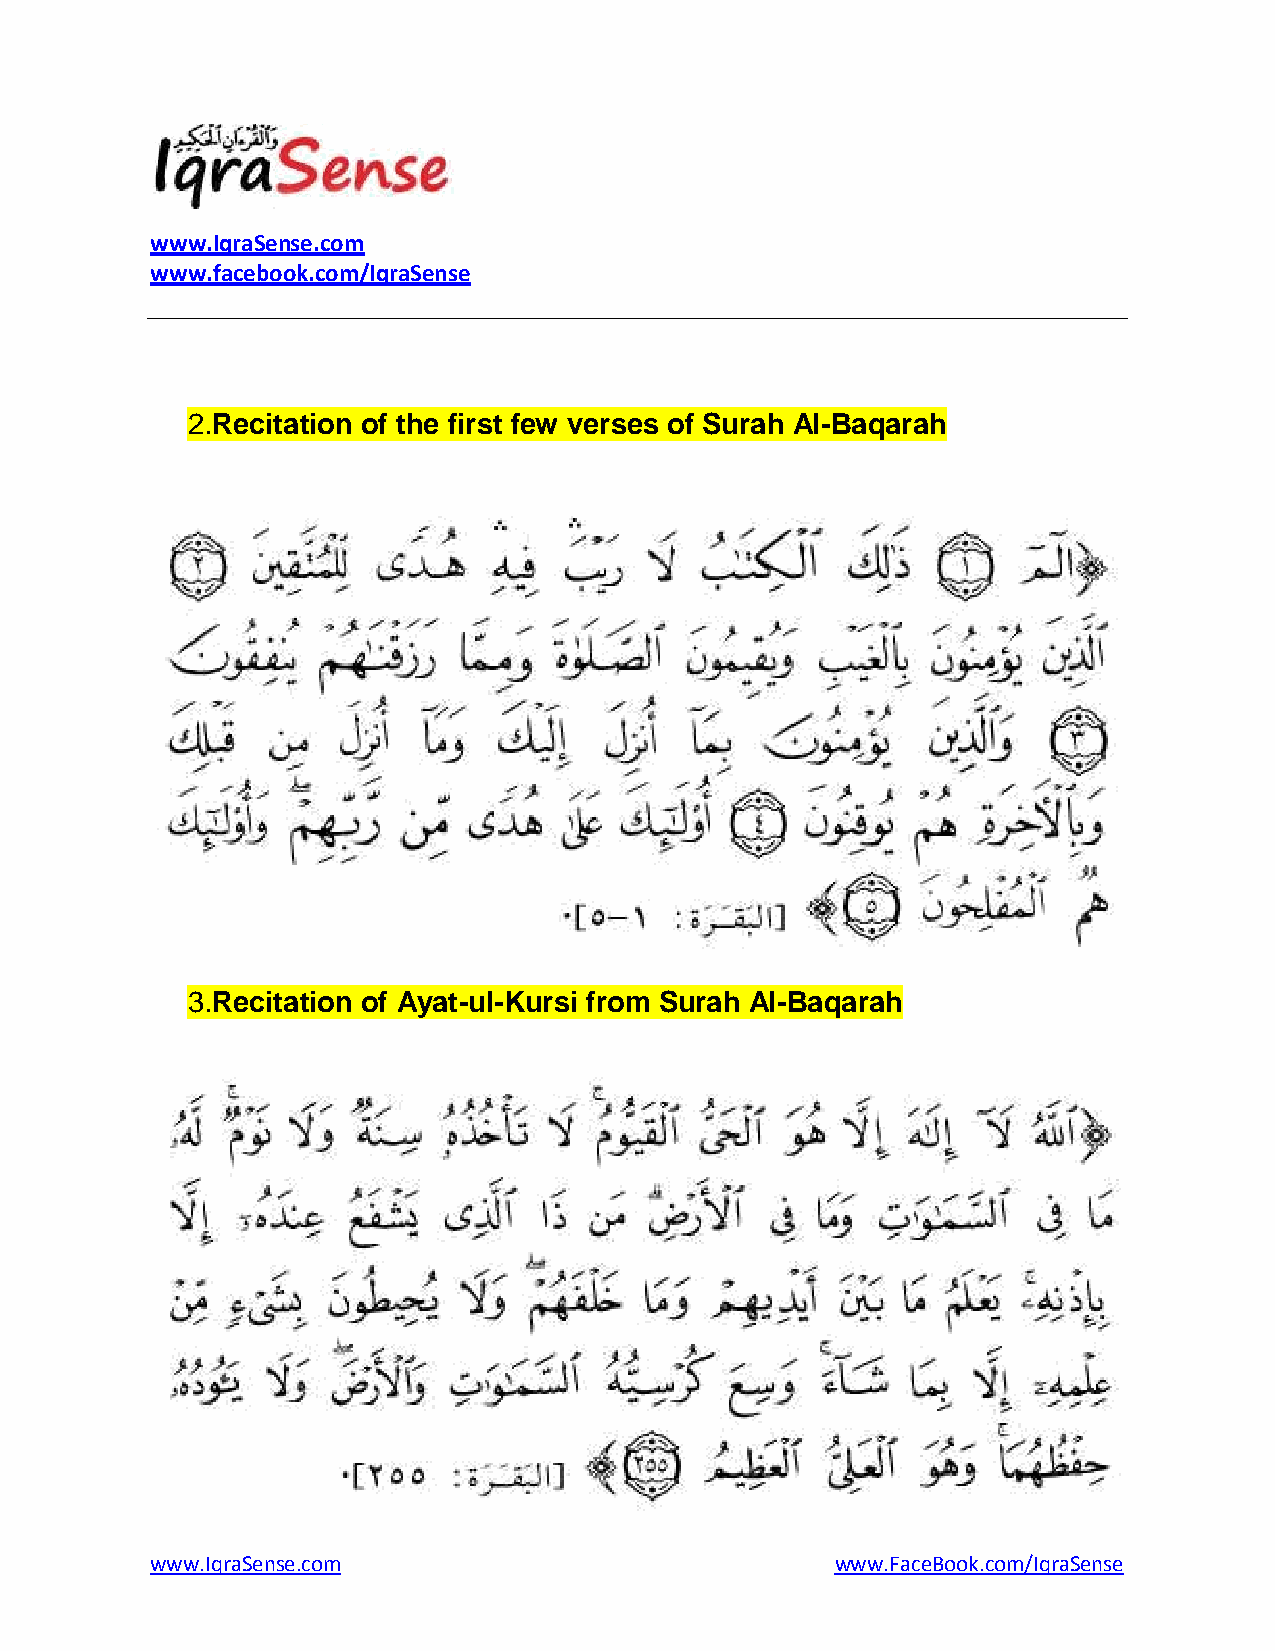
www.IqraSense.com
 www.facebook.com/IqraSense
 2. Recitation of the first few verses of Surah Al-Baqarah
 3. Recitation of Ayat-ul-Kursi from Surah Al-Baqarah
 www.IqraSense.com                            www.FaceBook.com/IqraSense